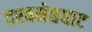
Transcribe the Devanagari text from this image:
दश्‍वमेद्यघाट